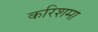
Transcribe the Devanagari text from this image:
करिशमा